Report of the Municipal Commissioner on the plague in Bombay for the year ending 31st May... - Volume 1
Disease focus: Plague
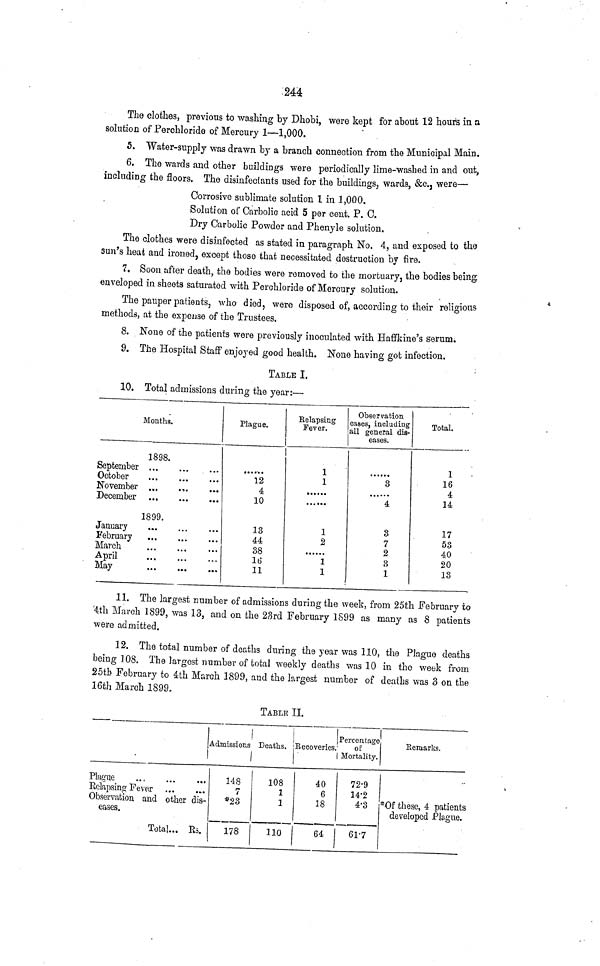
244
The clothes, previous to washing by Dhobi, were kept for about 12 hours in a
solution of Perchloride of Mercury 1—1,000.
5. Water-supply was drawn by a branch connection from the Municipal Main.
6. The wards and other buildings were periodically lime-washed in and out,
including the floors. The disinfectants used for the buildings, warda, &c., were—
Corrosive sublimate solution 1 in 1,000.
Solution of Carbolic acid 5 per cent. P. C.
Dry Carbolic Powder and Phenyle solution.
The clothes were disinfected as stated in paragraph No. 4, and exposed to the
sun's heat and ironed, except those that necessitated destruction by fire.
7. Soon after death, the bodies were removed to the mortuary, the bodies being
enveloped in sheets saturated with Perchloride of Mercury solution.
The pauper patients, who died, were disposed of, according to their religious
methods, at the expense of the Trustees.
8. None of the patients were previously inoculated with Haffkine's serum;
9. The Hospital Staff enjoyed good health. None having got infection.
TABLE I.
10. Total admissions during the year:—
Months.
1898.
September
October
November
December
1899.
January
February
March
April
May
Plague.
12
4
10
13
44
38
16
11
Relapsing
Fever.
1
1
1
2
1
1
Observation
cases, including
all general dis-
eases.
3
4
3
7
2
3
1
Total.
1
16
4
14
17
53
40
20
13
11. The largest number of admissions during the week, from 25th February to
4th March 1899, was 13, and on the 23rd February 1899 as many as 8 patients
were admitted.
12. The total number of deaths during the year was 110, the Plague deaths
being 108. The largest number of total weekly deaths was 10 in the week from
25th February to 4th March 1899, and the largest number of deaths was 3 on the
16th March 1899.
TABLE II.
Plague
Relapsing Fever
Observation and other dis-
eases.
Total
Rs.
Admissions Deaths.
148
7
*23
178
108
1
1
110
Recoveries.
40
6
18
64
Percentage
of
Mortality.
72·9
14·2
4·3
61·7
Remarks.
*Of these, 4 patients
developed Plague.